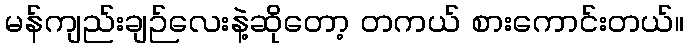
မန်ကျည်းချဉ်လေးနဲ့ဆိုတော့ တကယ် စားကောင်းတယ်။